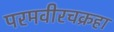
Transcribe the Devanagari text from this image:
परमवीरचक्रहा